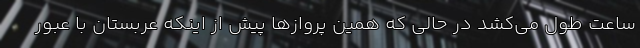
ساعت طول می‌کشد در حالی که همین پروازها پیش از اینکه عربستان با عبور